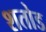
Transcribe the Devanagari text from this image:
शतोड